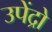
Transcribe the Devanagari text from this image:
उपेंद्रो